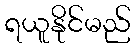
ရယူနိုင်မည်